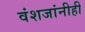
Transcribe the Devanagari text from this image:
वंशजांनीही